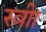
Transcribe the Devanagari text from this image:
स्त्रीा